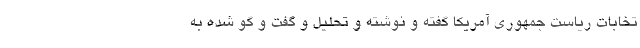
تخابات ریاست جمهوری آمریکا گفته و نوشته و تحلیل و گفت و گو شده به